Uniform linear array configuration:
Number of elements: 4
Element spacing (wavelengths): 0.75
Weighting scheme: kaiser
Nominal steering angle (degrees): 45
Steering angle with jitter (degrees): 45.956
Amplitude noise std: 0.05
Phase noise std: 0.05

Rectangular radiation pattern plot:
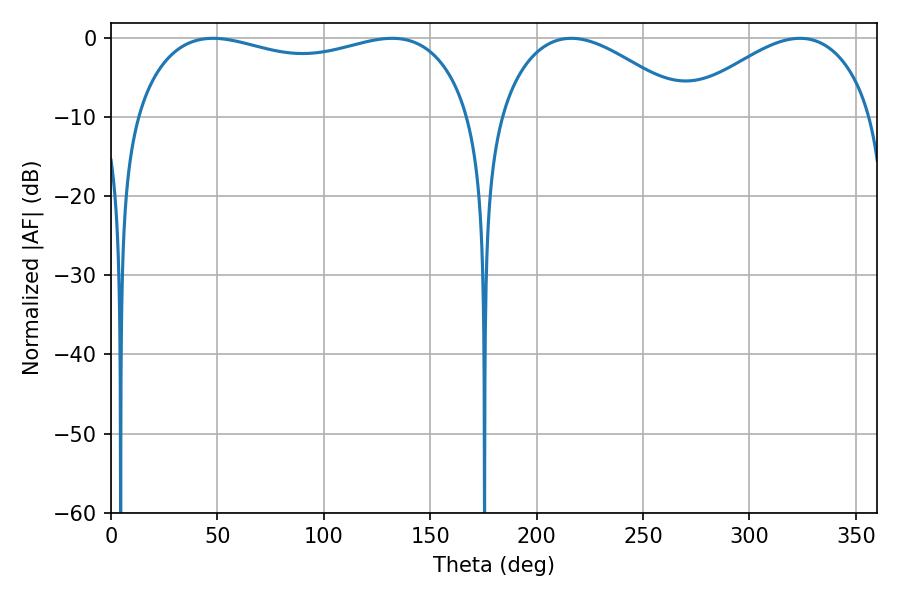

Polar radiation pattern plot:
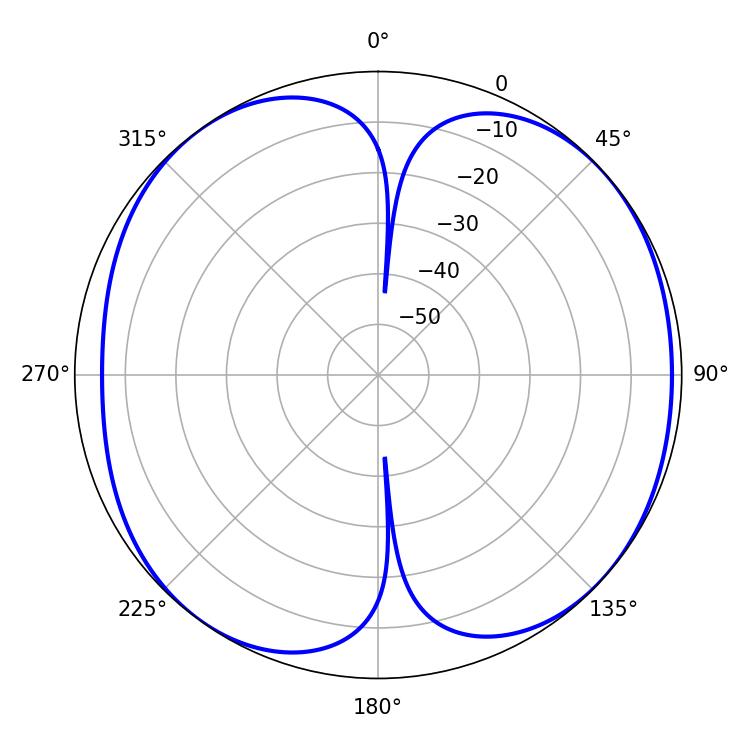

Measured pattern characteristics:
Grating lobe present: TRUE
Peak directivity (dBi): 7.888
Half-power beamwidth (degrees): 129.24
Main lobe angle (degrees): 47.88